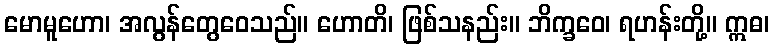
မောမူဟော၊ အလွန်တွေဝေသည်။ ဟောတိ၊ ဖြစ်သနည်း။ ဘိက္ခဝေ၊ ရဟန်းတို့။ ဣဓ၊